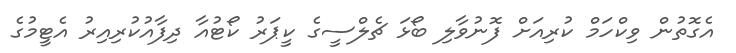
އެގޮތުން ވިކްހަމް ކުރިއަށް ފޮނުވާލި ބޯޅަ ޗެލްސީގެ ކީޕަރު ކޯޓުއާ ދިފާއުކުރިއިރު އެޓީމުގެ